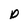
Character: p